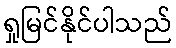
ရှုမြင်နိုင်ပါသည်